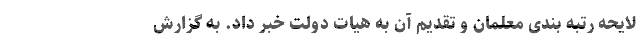
لایحه رتبه بندی معلمان و تقدیم آن به هیات دولت خبر داد. به گزارش